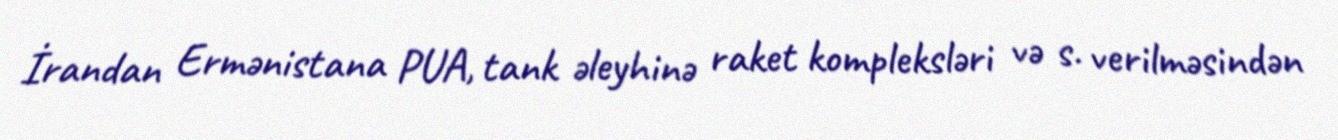
İrandan Ermənistana PUA, tank əleyhinə raket kompleksləri və s. verilməsindən